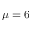
\mu = 6